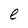
Character: e